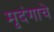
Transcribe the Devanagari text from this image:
मृदंगाचे